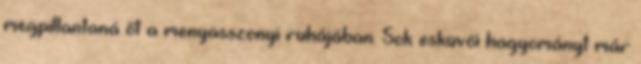
megpillantaná őt a menyasszonyi ruhájában. Sok esküvői hagyományt már